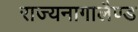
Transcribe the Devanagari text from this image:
राज्यनागालैण्ड